Civil Veterinary Dept. Bombay admin report 1923-31 - 1923-1931
Year: 1923
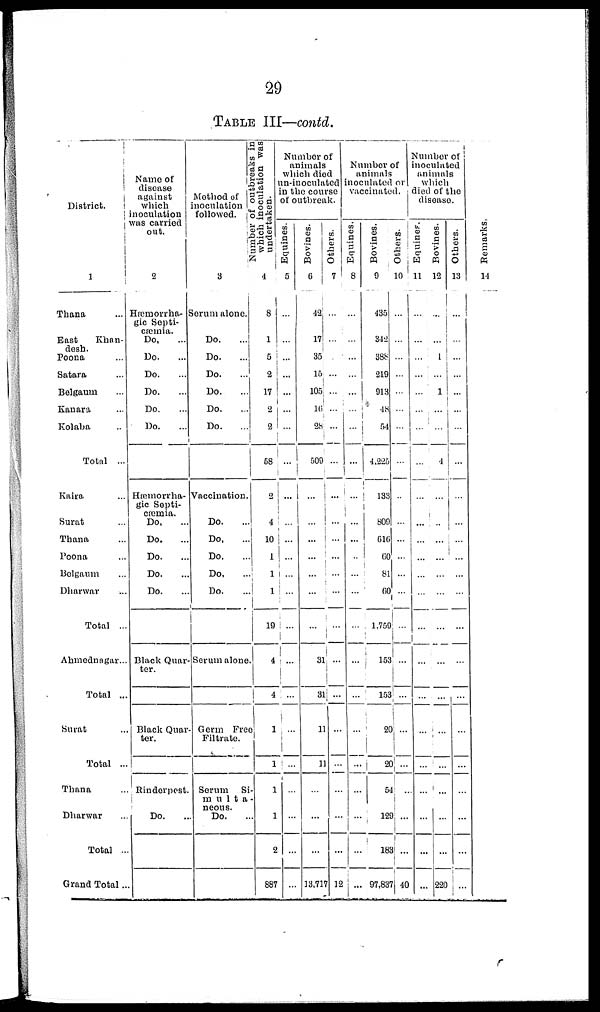
29
TABLE III—contd.
District.
1
Thana
East
Khan-
desh.
Poona ...
Satara ...
Belgaum ...
Kanara ...
Kolaba ...
Total ...
Kaira ...
Surat ...
Thana ...
Poona ...
Belgaum ...
Dharwar ...
Total ...
Ahmednagar...
Total ...
Surat ...
Total ...
Thana ...
Dharwar ...
Total ..
Grand Total ..
Name of
disease
against
which
inoculation
was carried
out.
2
Hæmorrha-
gic Septi-
cæmia.
Do. ...
Do. ...
Do. ...
Do. ...
Do. ...
Do. ...
Hæmorrha-
gic Septi-
cæmia.
Do. ...
Do. ...
Do. ...
Do. ...
Do. ...
Black Quar-
ter.
Black Quar
ter.
Rinderpest.
Do. ...
Method of
inoculation
followed.
3
Serum alone.
Do. ...
Do. ...
Do. ...
Do. ...
Do. ...
Do. ...
Vaccination
Do. ...
Do. ...
Do. ...
Do. ...
Do. ...
Serum alone
Germ Free
Filtrate.
Serum Si-
multa-
neous.
Do. ...
Number of outbreaks in
which inoculation was
undertaken.
4
8
1
5
2
17
2
2
58
2
4
10
1
1
1
19
4
4
1
1
1
1
2
887
Number of
animals
which died
un-inoculated
in the course
of outbreak.
Equines.
5
...
...
...
...
...
...
...
...
...
...
...
...
...
...
...
...
...
...
...
...
...
...
...
Bovines.
6
42
17
35
15
105
16
28
509
...
...
...
...
...
...
...
31
31
11
11
...
...
...
13,717
Others.
7
...
...
...
...
...
...
...
...
...
...
...
...
...
...
...
...
...
...
...
...
...
...
12
Number of
animals
inoculated or
vaccinated.
Equines.
8
...
...
...
...
...
...
...
...
...
...
...
...
...
...
...
...
...
...
...
...
...
...
...
Bovines.
9
435
342
388
219
913
48
54
4,225
133
809
616
60
81
60
1,759
153
153
20
20
54
129
185
97,837
Others.
10
...
...
...
...
...
...
...
...
...
...
...
...
...
...
...
...
...
...
...
...
...
...
40
Number of
inoculated
animals
which
died of the
disease.
Equines.
11
...
...
...
...
...
...
...
...
...
...
...
...
...
...
...
...
...
...
...
...
...
...
...
Bovines.
12
...
...
1
...
1
...
...
4
...
...
...
...
...
...
...
...
...
...
...
...
...
...
220
Others.
13
...
...
...
...
...
...
...
...
...
...
...
...
...
...
...
...
...
...
...
...
...
...
...
Remarks
14
...
...
...
...